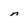
Character: n